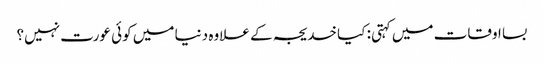
بسا اوقات میں کہتی: کیا خدیجہ کے علاوہ دنیا میں کوئی عورت نہیں؟